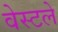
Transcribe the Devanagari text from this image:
वेस्टले